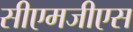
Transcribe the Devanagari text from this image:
सीएमजीएस